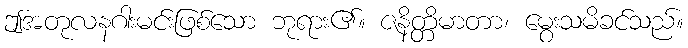
ဤအတုလနဂါးမင်းဖြစ်သော ဘုရား၏။ ဇနိတ္တိမာတာ၊ မွေးသမိခင်သည်။